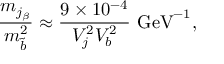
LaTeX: \frac { m _ { j _ { \beta } } } { m _ { \tilde { b } } ^ { 2 } } \approx \frac { 9 \times 1 0 ^ { - 4 } } { V _ { j } ^ { 2 } V _ { b } ^ { 2 } } \, \, \mathrm { G e V } ^ { - 1 } ,